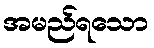
အမည်ရသော